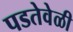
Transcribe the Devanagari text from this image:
पडतेवेळी